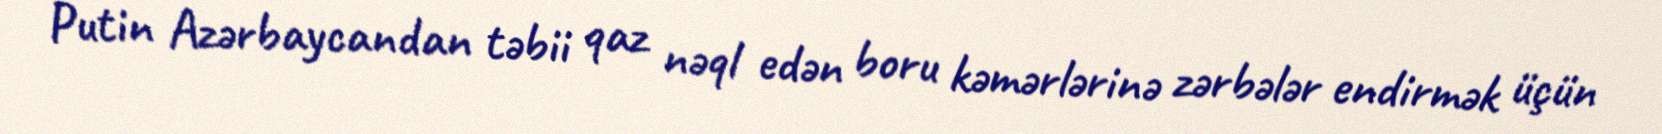
Putin Azərbaycandan təbii qaz nəql edən boru kəmərlərinə zərbələr endirmək üçün